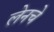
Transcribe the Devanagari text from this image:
लेनचे